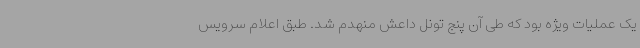
یک عملیات ویژه بود که طی آن پنج تونل داعش منهدم شد. طبق اعلام سرویس